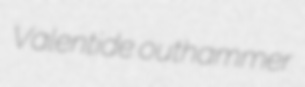
Valentide outhammer